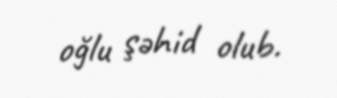
oğlu şəhid olub.